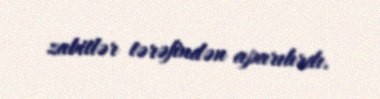
zabitlər tərəfindən aparılırdı.